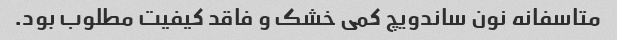
متاسفانه نون ساندویچ کمی خشک و فاقد کیفیت مطلوب بود.